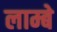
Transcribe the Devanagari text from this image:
लाम्बे